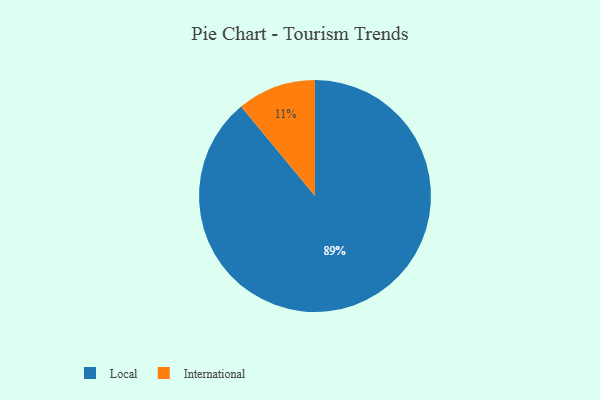
{"axis": {"x": "Category", "y": "Percentage"}, "legend": ["International", "Local"], "data": [{"x": "International", "y": 11, "type": "International"}, {"x": "Local", "y": 89, "type": "Local"}]}